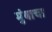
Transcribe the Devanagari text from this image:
मुंबाचा